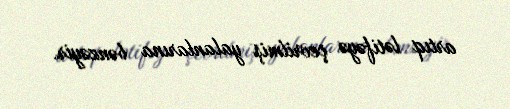
artıq lətifəyə çevrilmiş yalanlarına bənzəyir.